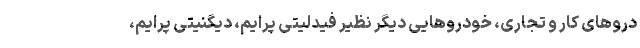
دروهای کار و تجاری، خودروهایی دیگر نظیر فیدلیتی پرایم، دیگنیتی پرایم،